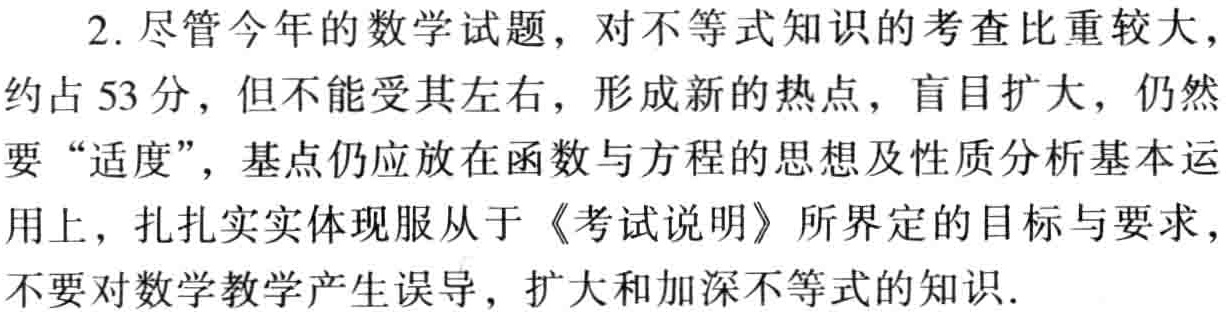
2. 尽管今年的数学试题，对不等式知识的考查比重较大，

约占 53 分，但不能受其左右，形成新的热点，盲目扩大，仍然

要 “适度”，基点仍应放在函数与方程的思想及性质分析基本运

用上，扎扎实实体现服从于《考试说明》所界定的目标与要求，

不要对数学教学产生误导，扩大和加深不等式的知识.